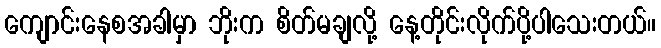
ကျောင်းနေစအခါမှာ ဘိုးက စိတ်မချလို့ နေ့တိုင်းလိုက်ပို့ပါသေးတယ်။